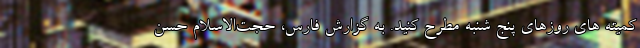
کمیته های روزهای پنج شنبه مطرح کنید. به گزارش فارس، حجت‌الاسلام حسن